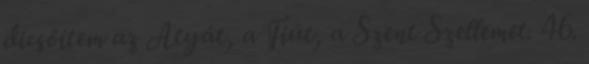
dicsőítem az Atyát, a Fiút, a Szent Szellemet. 46.